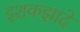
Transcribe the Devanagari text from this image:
इशकझादे